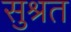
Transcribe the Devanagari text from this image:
सुश्रत